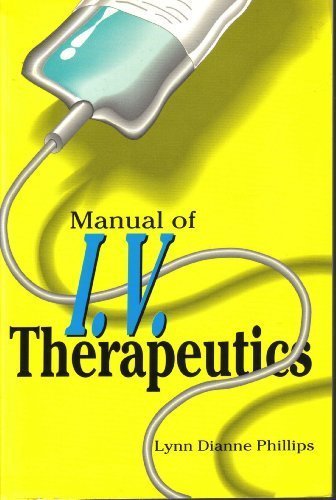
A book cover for Manual of I.V. Therapeutics; Lynn Dianne Phillips; Medical Books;